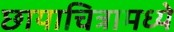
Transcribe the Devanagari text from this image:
छायाचित्रामध्ये